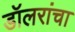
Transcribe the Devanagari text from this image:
डॉलरांचा